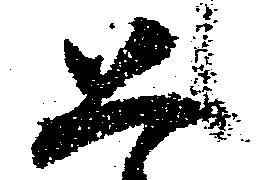
恐